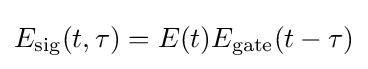
E_{\text{sig}}(t,\tau )=E(t)E_{\text{gate}}(t-\tau )